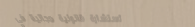
استشارة قانونية مجانية في